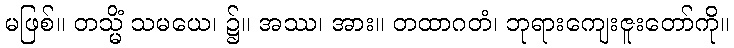
မဖြစ်။ တသ္မိံ သမယေ၊ ၌။ အဿ၊ အား။ တထာဂတံ၊ ဘုရားကျေးဇူးတော်ကို။